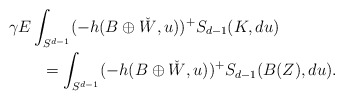
\begin{align*}\MoveEqLeft \gamma E\int_{S^{d-1}} (- h(B\oplus \check{W},u))^+ S_{d-1}(K, du)\\&= \int_{S^{d-1}} (- h(B\oplus \check{W},u))^+ S_{d-1}(B(Z), du).\end{align*}